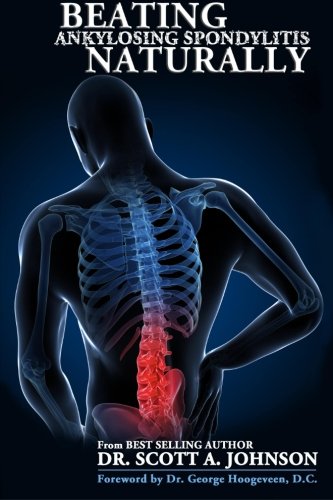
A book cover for Beating Ankylosing Spondylitis Naturally; Dr. Scott A Johnson; Health, Fitness & Dieting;